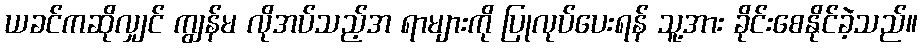
ယခင်ကဆိုလျှင် ကျွန်မ လိုအပ်သည့်အ ရာများကို ပြုလုပ်ပေးရန် သူ့အား ခိုင်းစေနိုင်ခဲ့သည်။